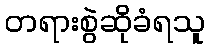
တရားစွဲဆိုခံရသူ